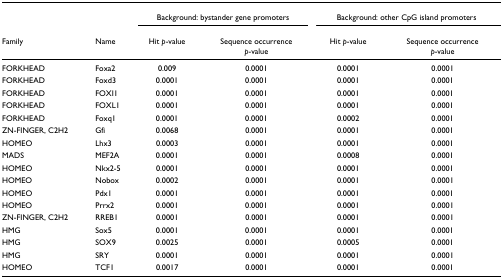
<table><thead><tr><td></td><td></td><td colspan="2"><b>Background: bystander gene promoters</b></td><td colspan="2"><b>Background: other CpG island promoters</b></td></tr><tr><td><b>Family</b></td><td><b>Name</b></td><td><b>Hit <i>p</i>-value</b></td><td><b>Sequence occurrence<i>p</i>-value</b></td><td><b>Hit <i>p</i>-value</b></td><td><b>Sequence occurrence<i>p</i>-value</b></td></tr></thead><tbody><tr><td>FORKHEAD</td><td>Foxa2</td><td>0.009</td><td>0.0001</td><td>0.0001</td><td>0.0001</td></tr><tr><td>FORKHEAD</td><td>Foxd3</td><td>0.0001</td><td>0.0001</td><td>0.0001</td><td>0.0001</td></tr><tr><td>FORKHEAD</td><td>FOXI1</td><td>0.0001</td><td>0.0001</td><td>0.0001</td><td>0.0001</td></tr><tr><td>FORKHEAD</td><td>FOXL1</td><td>0.0001</td><td>0.0001</td><td>0.0001</td><td>0.0001</td></tr><tr><td>FORKHEAD</td><td>Foxq1</td><td>0.0001</td><td>0.0001</td><td>0.0002</td><td>0.0001</td></tr><tr><td>ZN-FINGER, C2H2</td><td>Gfi</td><td>0.0068</td><td>0.0001</td><td>0.0001</td><td>0.0001</td></tr><tr><td>HOMEO</td><td>Lhx3</td><td>0.0003</td><td>0.0001</td><td>0.0001</td><td>0.0001</td></tr><tr><td>MADS</td><td>MEF2A</td><td>0.0001</td><td>0.0001</td><td>0.0008</td><td>0.0001</td></tr><tr><td>HOMEO</td><td>Nkx2-5</td><td>0.0001</td><td>0.0001</td><td>0.0001</td><td>0.0001</td></tr><tr><td>HOMEO</td><td>Nobox</td><td>0.0002</td><td>0.0001</td><td>0.0001</td><td>0.0001</td></tr><tr><td>HOMEO</td><td>Pdx1</td><td>0.0001</td><td>0.0001</td><td>0.0001</td><td>0.0001</td></tr><tr><td>HOMEO</td><td>Prrx2</td><td>0.0001</td><td>0.0001</td><td>0.0001</td><td>0.0001</td></tr><tr><td>ZN-FINGER, C2H2</td><td>RREB1</td><td>0.0001</td><td>0.0001</td><td>0.0001</td><td>0.0001</td></tr><tr><td>HMG</td><td>Sox5</td><td>0.0001</td><td>0.0001</td><td>0.0001</td><td>0.0001</td></tr><tr><td>HMG</td><td>SOX9</td><td>0.0025</td><td>0.0001</td><td>0.0005</td><td>0.0001</td></tr><tr><td>HMG</td><td>SRY</td><td>0.0001</td><td>0.0001</td><td>0.0001</td><td>0.0001</td></tr><tr><td>HOMEO</td><td>TCF1</td><td>0.0017</td><td>0.0001</td><td>0.0001</td><td>0.0001</td></tr></tbody></table>